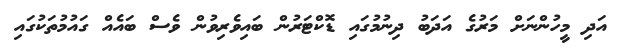
އަދި މީހުންނަށް މަރުގެ އަދަބު ދިނުމުގައި ޑޮކްޓަރުން ބައިވެރިވުން ވެސް ބައެއް ގައުމުތަކުގައި